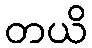
တယိ